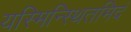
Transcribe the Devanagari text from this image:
यस्मिन्स्थितमिदं